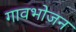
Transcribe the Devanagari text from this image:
गावभोजन